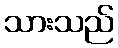
သားသည်